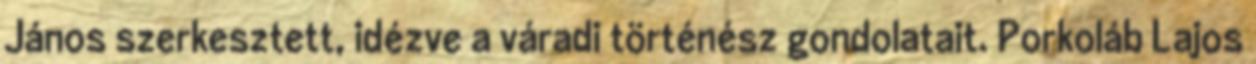
János szerkesztett, idézve a váradi történész gondolatait. Porkoláb Lajos